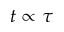
t \propto \tau